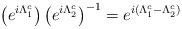
\begin{align*}\left( e^{i\Lambda _1^c}\right) \left( e^{i\Lambda _2^c}\right)^{-1}=e^{i(\Lambda _1^c-\Lambda _2^c)}\end{align*}